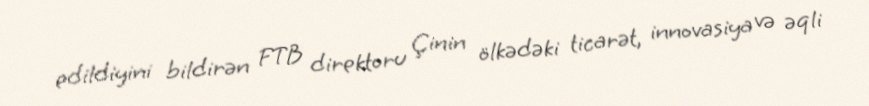
edildiyini bildirən FTB direktoru Çinin ölkədəki ticarət, innovasiya və əqli